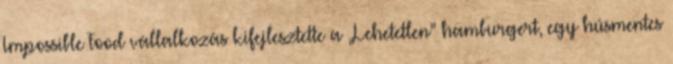
Impossible Food vállalkozás kifejlesztette a „Lehetetlen” hamburgert, egy húsmentes